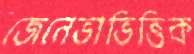
জেনেভাভিত্তিক